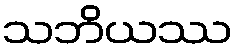
သဘိယဿ